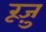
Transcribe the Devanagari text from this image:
रूज़ु